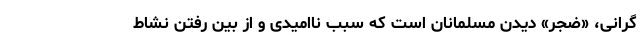
گرانی، «ضجر» دیدن مسلمانان است که سبب ناامیدی و از بین رفتن نشاط